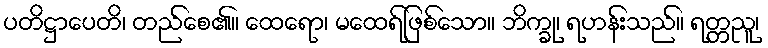
ပတိဋ္ဌာပေတိ၊ တည်စေ၏။ ထေရော၊ မထေရ်ဖြစ်သော။ ဘိက္ခု၊ ရဟန်းသည်။ ရတ္တညူ၊